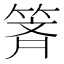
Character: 𰪄